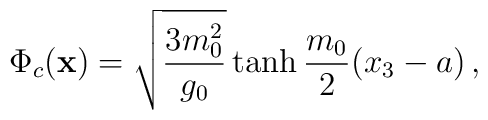
\Phi_c({\bf x})=\sqrt{\frac{3m_0^2}{g_0}}\tanh\frac{m_0}{2}(x_3-a)\,,